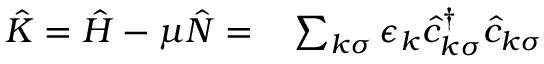
\begin{array} { r l } { \hat { K } = \hat { H } - \mu \hat { N } = } & { { } \sum _ { k \sigma } \epsilon _ { k } \hat { c } _ { k \sigma } ^ { \dagger } \hat { c } _ { k \sigma } } \end{array}